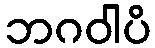
ဘဂဝါပိ